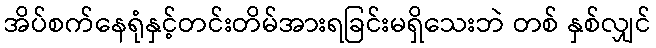
အိပ်စက်နေရုံနှင့်တင်းတိမ်အားရခြင်းမရှိသေးဘဲ တစ် နှစ်လျှင်